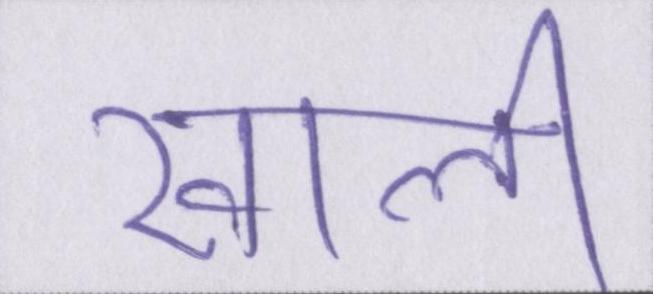
खाली